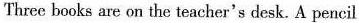
Three books are on the teacher's desk. A pencil